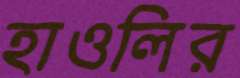
হাওলির